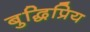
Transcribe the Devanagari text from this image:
बुद्धिप्रिय